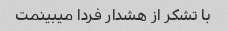
با تشکر از هشدار فردا میبینمت